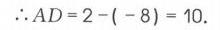
\(\therefore AD = 2-(-8)=10\).